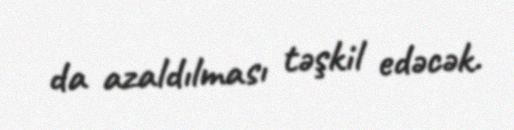
da azaldılması təşkil edəcək.